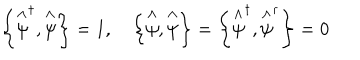
\left\{ \stackrel { \wedge } { \psi } ^ { \dagger } , \stackrel { \wedge } { \psi } \right\} = 1 , \quad \left\{ \stackrel { \wedge } { \psi } , \stackrel { \wedge } { \psi } \right\} = \left\{ \stackrel { \wedge } { \psi } ^ { \dagger } , \stackrel { \wedge } { \psi } ^ { \dagger } \right\} = 0